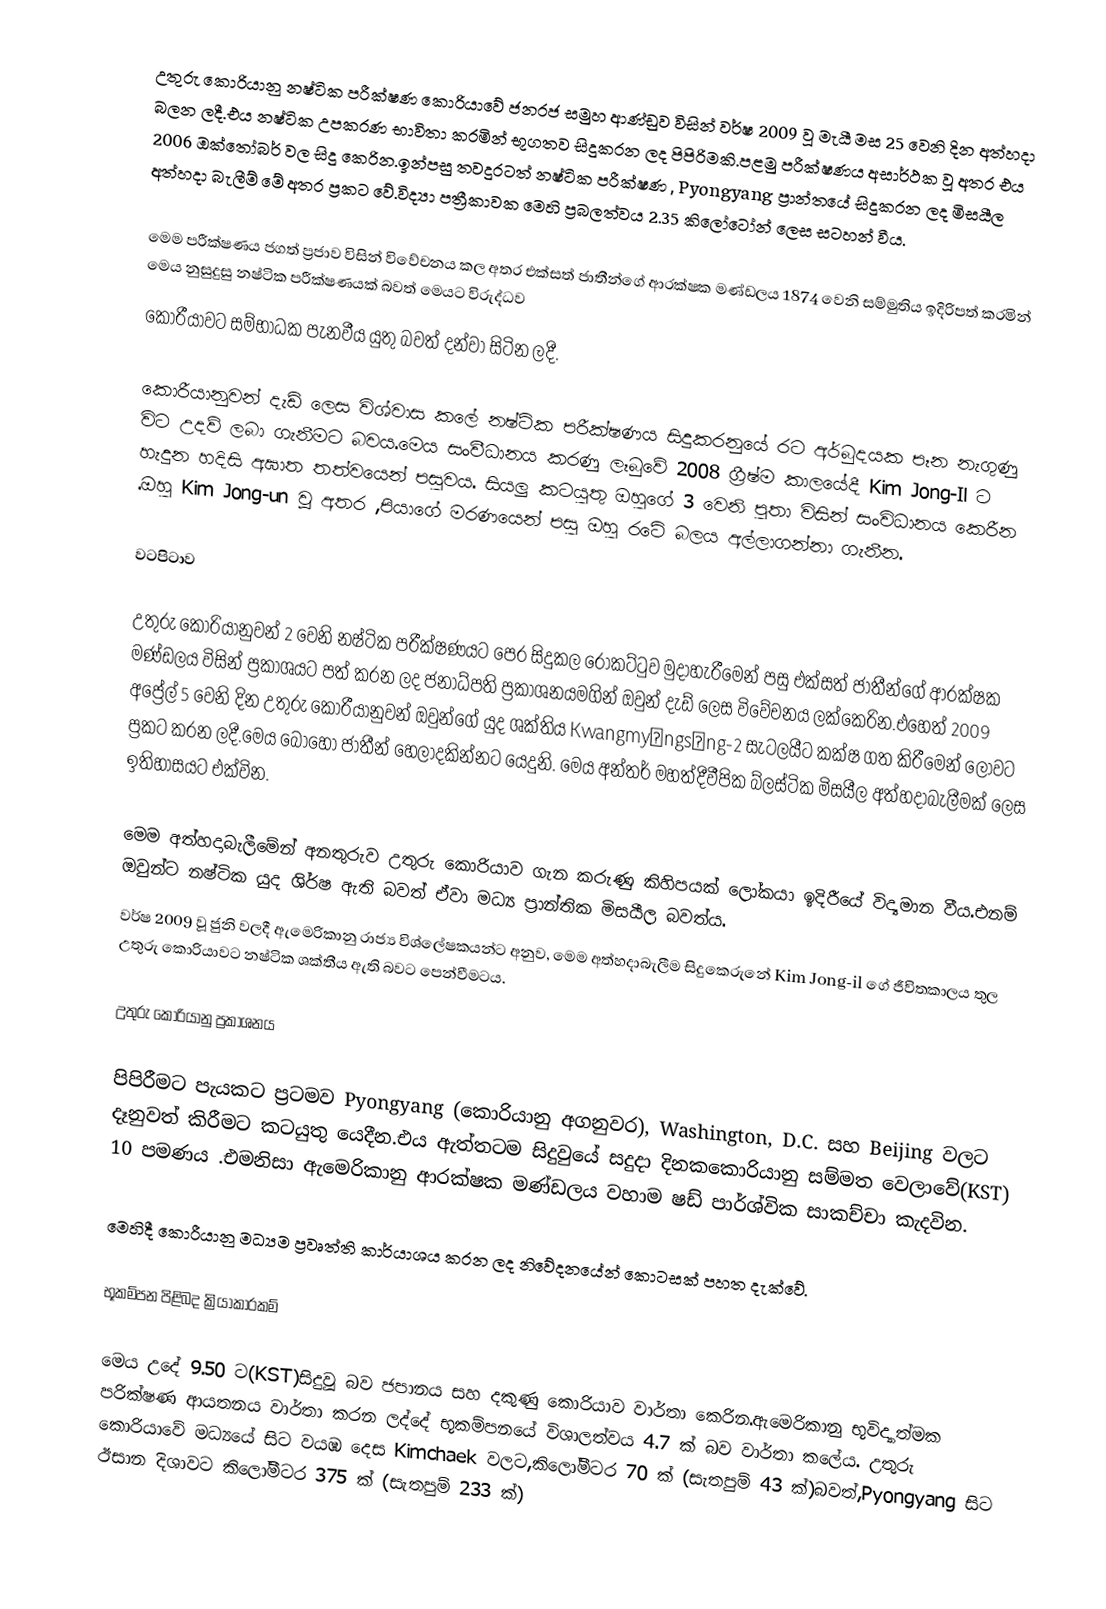
උතුරු කොරියානු නෂ්ටික පරීක්ෂණ කොරියාවේ ජනරජ සමුහ ආණ්ඩුව විසින් වර්ෂ 2009 වූ මැයී මස 25 වෙනි දින අත්හදා බලන ලදී.එය නෂ්ටික උපකරණ භාවිතා කරමින් භූගතව සිදුකරන ලද පිපිරිමකි.පළමු පරීක්ෂණය අසාර්ථක වූ අතර එය 2006 ඔක්තෝබර් වල සිදු කෙරින.ඉන්පසු තවදුරටත් නෂ්ටික පරීක්ෂණ , Pyongyang ප්‍රාන්තයේ සිදුකරන ලද මිසයීල අත්හදා බැලීම් මේ අතර ප්‍රකට වේ.විද්‍යා පත්‍රීකාවක මෙහි ප්‍රබලත්වය 2.35 කිලෝටෝන් ලෙස සටහන් වීය.

මෙම පරීක්ෂණය ජගත් ප්‍රජාව විසින් විවේචනය කල අතර එක්සත් ජාතීන්ගේ ආරක්ෂක මණ්ඩලය 1874 වෙනි සම්මුතිය  ඉදිරිපත් කරමින් මෙය නුසුදුසු නෂ්ටික පරීක්ෂණයක් බවත් මෙයට විරුද්ධව
කොරීයාවට සම්භාධක පැනවීය යුතු බවත් දන්වා සිටින ලදී.

කොරීයානුවන් දැඩ් ලෙස විශ්වාස කලේ නෂ්ටික පරීක්ෂණය සිදුකරනුයේ රට අර්බුදයක පෑන නැගුණු විට උදව් ලබා ගැනීමට බවය.මෙය සංවීධානය කරණු ලෑබුවේ  2008 ග්‍රීෂ්ම කාලයේදී Kim Jong-Il  ට හැදුන හදිසි අඝාත තත්වයෙන් පසුවය. සියලු කටයුතු ඔහුගේ 3 වෙනි පුතා විසින් සංවිධානය කෙරීන .ඔහු Kim Jong-un වූ අතර ,පියාගේ මරණයෙන් පසු ඔහු රටේ බලය අල්ලාගන්නා ගැනීන.

වටපිටාව

උතුරු කොරියානුවන් 2 වෙනි නෂ්ටික පරීක්ෂණයට පෙර සිදුකල රොකට්ටුව මුදාහැරීමෙන් පසු එක්සත් ජාතීන්ගේ ආරක්ෂක මණ්ඩලය විසින් ප්‍රකාශයට පත් කරන ලද ජනාධ්පති ප්‍රකාශනයමගින් ඔවුන් දැඩ් ලෙස විවේචනය ලක්කෙරින.එහෙත් 2009 අප්‍රේල් 5 වෙනි දින උතුරු කොරීයානුවන් ඔවුන්ගේ යුද ශක්තිය Kwangmyŏngsŏng-2 සැටලයීට  කක්ෂ ගත කිරීමෙන් ලොවට ප්‍රකට කරන ලදී.මෙය බොහෝ ජාතීන් හෙලාදකින්නට යෙදුනි. මෙය අන්තර් මහත්දීවීපික බ්ලස්ටික මිසයීල අත්හදාබැලීමක් ලෙස ඉතිහාසයට එක්වින.

මෙම අත්හදාබැලීමේන් අනතුරුව උතුරු කොරියාව ගැන කරුණු කිහිපයක් ලෝකයා ඉදිරීයේ විද්‍යමාන වීය.එනම් ඔවුන්ට නෂ්ටික යුද ශිර්ෂ ඇති බවත් ඒවා මධ්‍ය ප්‍රාන්තික මිසයීල බවත්ය.
වර්ෂ 2009 වූ ජුනි වලදී ඇමෙරිකානු රාජ්‍ය විශ්ලේෂකයන්ට අනුව, මෙම අත්හදාබැලීම සිදුකෙරුනේ Kim Jong-il ගේ ජීවිතකාලය තුල උතුරු කොරියාවට නෂ්ටික ශක්තීය ඇති බවට පෙන්වීමටය.

උතුරු කොරියානු ප්‍රකාශනය

පිපිරීමට පැයකට ප්‍රටමව Pyongyang (කොරියානු අගනුවර), Washington, D.C. සහ Beijing වලට දෑනුවත් කිරීමට කටයුතු යෙදීන.එය ඇත්තටම සිදුවුයේ සදුදා දිනකකොරියානු සම්මත වෙලාවේ(KST) 10 පමණය .එමනිසා ඇමෙරිකානු ආරක්ෂක මණ්ඩලය වහාම ෂඩ් පාර්ශ්වික සාකච්චා කැදවින.

මෙහිදී කොරීයානු මධ්‍යම ප්‍රවෘත්ති කාර්යාශය  කරන ලද නිවේදනයේන් කොටසක් පහත දැක්වේ.

භූකම්පන පිළිබද ක්‍රියාකාරකම්

මෙය උදේ 9.50 ට(KST)සිදුවූ බව ජපානය සහ දකුණු කොරියාව වාර්තා කෙරින.ඇමෙරිකානු භූවිද්‍යාත්මක ප‍රික්ෂණ ආයතනය වාර්තා කරන ලද්දේ භූකම්පනයේ විශාලත්වය 4.7 ක් බව වාර්තා කලේය. උතුරු කොරියාවේ මධ්‍යයේ සිට වයඹ දෙස Kimchaek වලට,කිලෝමීටර 70 ක් (සැතපුම් 43 ක්)බවත්,Pyongyang සිට ඊසාන දිශාවට කිලෝමීටර 375 ක් (සැතපුම් 233 ක්)